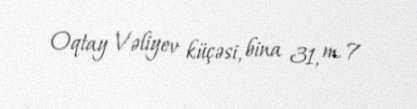
Oqtay Vəliyev küçəsi, bina 31, m. 7